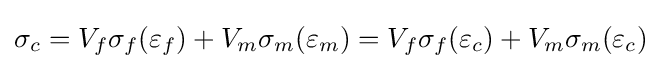
\sigma _{c}=V_{f}\sigma _{f}(\varepsilon _{f})+V_{m}\sigma _{m}(\varepsilon _{m})=V_{f}\sigma _{f}(\varepsilon _{c})+V_{m}\sigma _{m}(\varepsilon _{c})